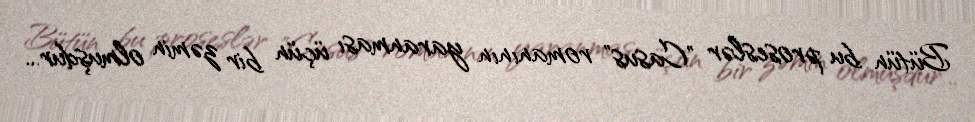
Bütün bu proseslər "Casus" romanının yaranması üçün bir zəmin olmuşdur...